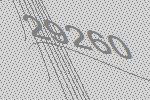
29260